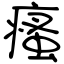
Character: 瘙